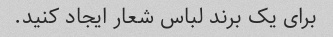
برای یک برند لباس شعار ایجاد کنید.